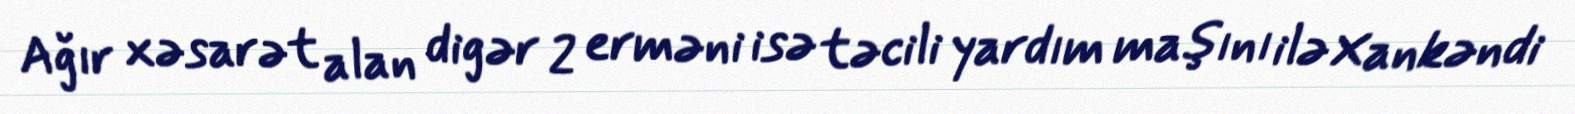
Ağır xəsarət alan digər 2 erməni isə təcili yardım maşını ilə Xankəndi